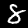
Digit: 8